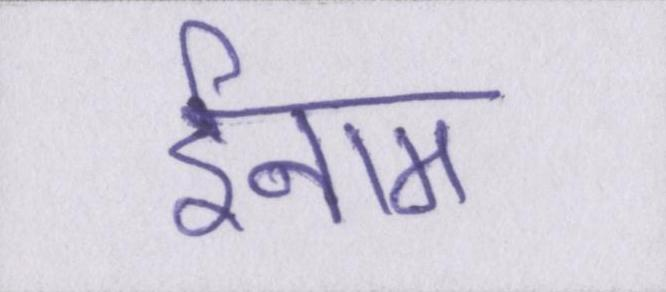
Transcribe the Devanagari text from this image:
ईनाम